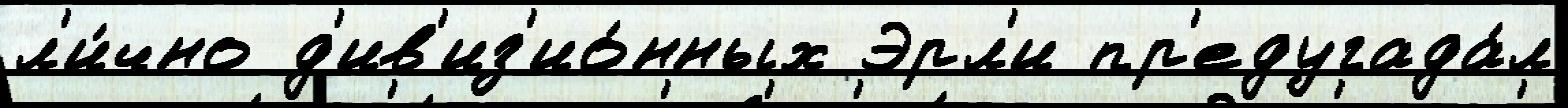
л'и́чно д'ив'из'ио́нных Эрл'и пр'едугада́л